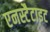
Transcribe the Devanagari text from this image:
एनस्टैटाइट